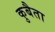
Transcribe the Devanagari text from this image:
कुबैता